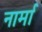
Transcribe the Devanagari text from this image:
नार्मा